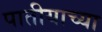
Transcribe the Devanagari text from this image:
पातीयाच्या